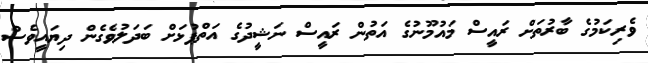
ވެރިކަމުގެ ބާރުތަށް ރައީސް މައުމޫނުގެ އަތުން ރައީސް ނަޝީދުގެ އަތްޕުޅަށް ބަދަލުވެގެން ދިޔައީވެސް